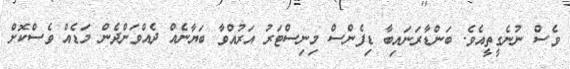
ވެސް ނުނެގީތީއެވެ. ބަންޑާރަނައިބާ ޑިފެންސް މިނިސްޓަރު އަރުއްވާ ބަޔާނެއް ދެއްވަންދެން މަޑެއް ވެސްކޮށް